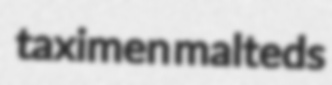
taximen malteds